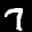
Label: 7